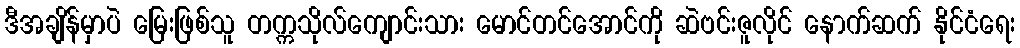
ဒီအချိန်မှာပဲ မြေးဖြစ်သူ တက္ကသိုလ်ကျောင်းသား မောင်တင်အောင်ကို ဆဲဗင်းဇူလိုင် နောက်ဆက် နိုင်ငံရေး